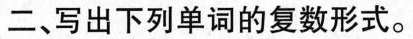
二、写出下列单词的复数形式。